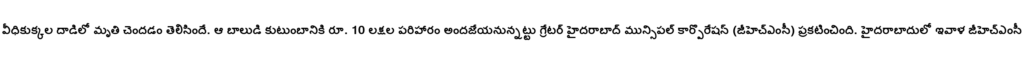
వీధికుక్కల దాడిలో మృతి చెందడం తెలిసిందే. ఆ బాలుడి కుటుంబానికి రూ. 10 లక్షల పరిహారం అందజేయనున్నట్టు గ్రేటర్ హైదరాబాద్ మున్సిపల్ కార్పొరేషన్ (జీహెచ్ఎంసీ) ప్రకటించింది. హైదరాబాదులో ఇవాళ జీహెచ్ఎంసీ